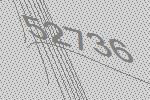
52736